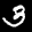
Label: 3